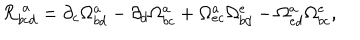
{ \cal R } _ { b c d } ^ { \ a } = \partial _ { c } \Omega _ { b d } ^ { a } - \partial _ { d } \Omega _ { b c } ^ { a } + \Omega _ { e c } ^ { a } \Omega _ { b d } ^ { e } - \Omega _ { e d } ^ { a } \Omega _ { b c } ^ { e } ,